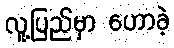
လူ့ပြည်မှာ ဟောခဲ့